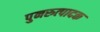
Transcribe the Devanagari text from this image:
पुनरुत्‍पादक